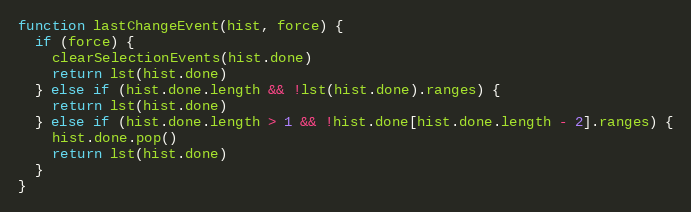
Language: JavaScript
function lastChangeEvent(hist, force) {
  if (force) {
    clearSelectionEvents(hist.done)
    return lst(hist.done)
  } else if (hist.done.length && !lst(hist.done).ranges) {
    return lst(hist.done)
  } else if (hist.done.length > 1 && !hist.done[hist.done.length - 2].ranges) {
    hist.done.pop()
    return lst(hist.done)
  }
}